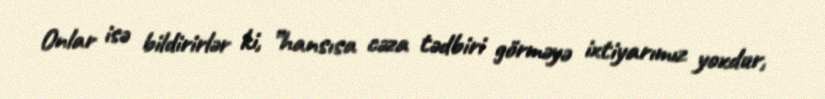
Onlar isə bildirirlər ki, ”hansısa cəza tədbiri görməyə ixtiyarımız yoxdur,